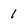
Character: 1